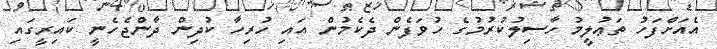
އެއަށްފަހު ތަޢުލީމު ހާސިލުކުރުމުގެ ހުވަފެން ދެކެމުން އައި ހުރިހާ ކުދިން ދާންޖެހެނީ ކައިރީގައި